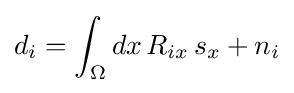
d_{i}=\int _{\Omega }dx\,R_{ix}\,s_{x}+n_{i}